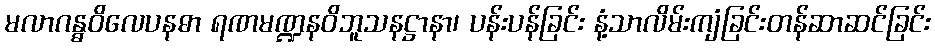
မလာဂန္ဓဝိလေပနဓာ ရဏမဏ္ဍနဝိဘူသနဋ္ဌာနာ၊ ပန်းပန်ခြင်း နံ့သာလိမ်းကျံခြင်းတန်ဆာဆင်ခြင်း